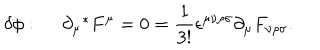
\delta \phi : ~ ~ \partial _ { \mu } ^ { ~ ~ * } F ^ { \mu } = 0 = \frac { 1 } { 3 ! } \epsilon ^ { \mu \nu \rho \sigma } \partial _ { \mu } F _ { \nu \rho \sigma } .